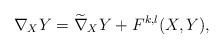
LaTeX: \begin{align*}\nabla_X Y= \widetilde{\nabla}_X Y+F^{k,l}(X,Y),\end{align*}